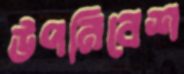
উপনিবেশ